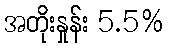
အတိုးနှုန်း 5.5%